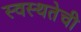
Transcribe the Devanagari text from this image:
स्वस्थतेची